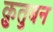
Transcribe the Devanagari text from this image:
क़ुतुबन